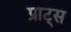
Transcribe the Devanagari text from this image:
प्राट्स